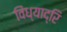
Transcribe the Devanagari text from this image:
विंध्याद्रि